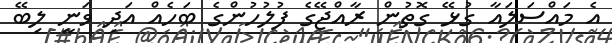
އެ މައްސަލައާ ގުޅޭ ގޮތުން ރާއްޖޭގެ ފުލުހުންގެ ބަހެއް އަދި ވަނީ ލިބޭ